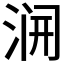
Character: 𱦭